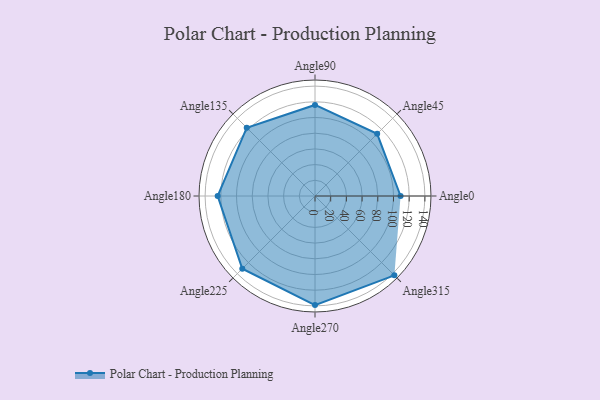
{"axis": {"x": "Angle", "y": "Radius"}, "legend": [""], "data": [{"x": "Angle0", "y": 109.0, "type": ""}, {"x": "Angle45", "y": 112.0, "type": ""}, {"x": "Angle90", "y": 116.0, "type": ""}, {"x": "Angle135", "y": 123.0, "type": ""}, {"x": "Angle180", "y": 124.0, "type": ""}, {"x": "Angle225", "y": 131.0, "type": ""}, {"x": "Angle270", "y": 139.0, "type": ""}, {"x": "Angle315", "y": 143.0, "type": ""}]}